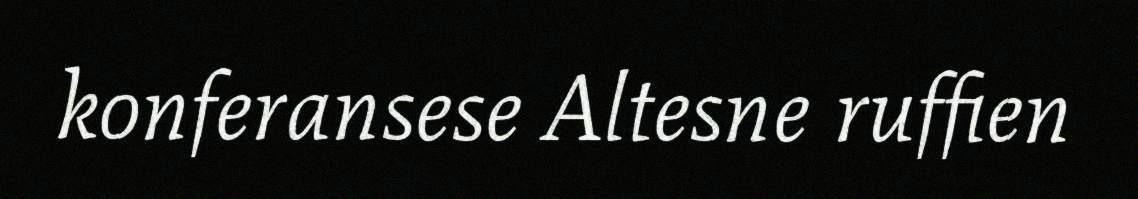
konferansese Altesne ruffien